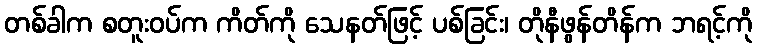
တစ်ခါက စတူးဝပ်က ကိတ်ကို သေနတ်ဖြင့် ပစ်ခြင်း၊ တိုနီဖွန်တိန်က ဘရင့်ကို